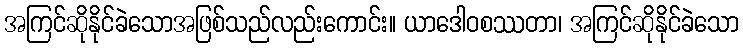
အကြင်ဆိုနိုင်ခဲသောအဖြစ်သည်လည်းကောင်း။ ယာဒေါဝစဿတာ၊ အကြင်ဆိုနိုင်ခဲသော